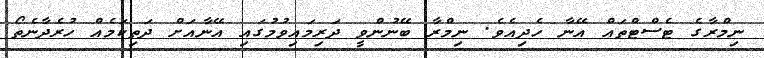
ނިމްރާގެ ޓެސްޓްތައް އޭނާ ހެދިއެވެ. ނިމްރާ ބޭނުންވީ ދަރިމައިވުމުގައި އޭނާއަށް ދަތިކަމެއް ހުރެދާނެތޯ